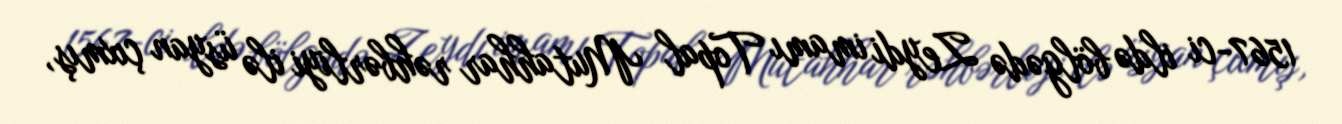
1567-ci ildə bölgədə Zeydi imamı Topal Mutahhar rəhbərliyi ilə üsyan çıxmış,